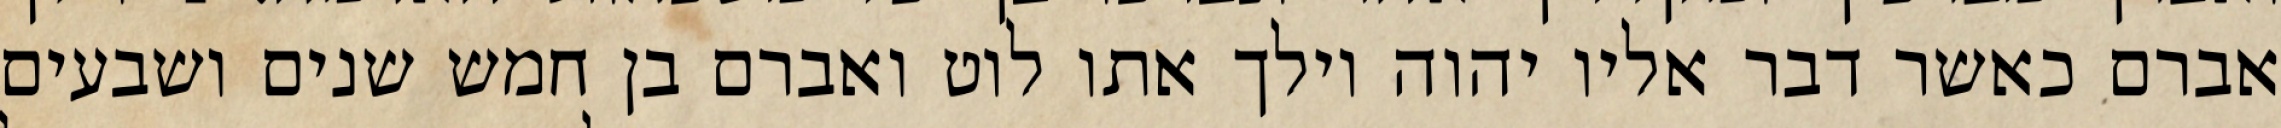
אברם כאשר דבר אליו יהוה וילך אתו לוט ואברם בן חמש שנים ושבעים